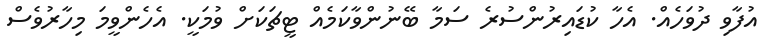
އުފާވި ދުވަހެއް. އެހާ ކުޑައިރުންސުރެ ސަމާ ބޭނުންވާކަމެއް ޓީޗަކަށް ވުމަކީ. އެހެންވީމަ މިހާރުވެސް